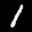
Label: 1